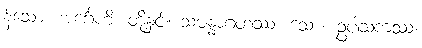
န်သော။ အင်္ဂေဟိ၊ တို့နှင့်။ သမန္နာဂတဿ၊ သော။ ဥပါသကဿ၊